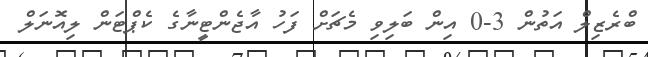
ބްރެޒިލް އަތުން 3-0 އިން ބަލިވި މެޗަށް ފަހު އާޖެންޓީނާގެ ކެޕްޓަން ލިއޮނަލް